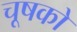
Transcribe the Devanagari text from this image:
चूषको